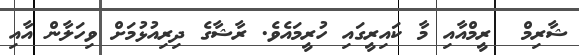
ޝާރިމް  ރީމްއާއި މާ ކައިރީގައި ހުރީމައެވެ. ރާޝާގެ ދިރިއުޅުމަށް ވިހަލާން އާއި